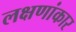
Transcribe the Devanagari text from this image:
लक्षणांकार